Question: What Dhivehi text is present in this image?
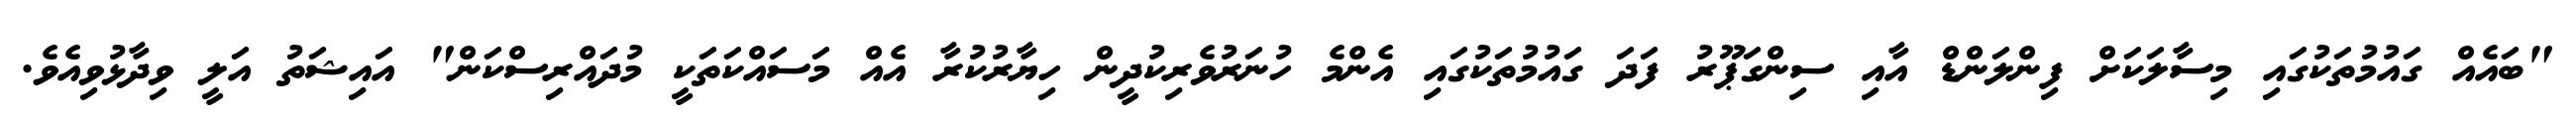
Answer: "ބައެއް ގައުމުތަކުގައި މިސާލަކަށް ފިންލަންޑް އާއި ސިންގަޕޫރު ފަދަ ގައުމުތަކުގައި އެންމެ ހުނަރުވެރިކުދީން ހިޔާރުކުރާ އެއް މަސައްކަތަކީ މުދައްރިސްކަން" އައިޝަތު އަލީ ވިދާޅުވިއެވެ.